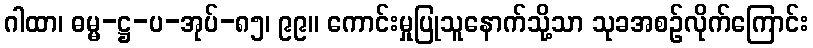
ဂါထာ၊ ဓမ္မ-ဋ္ဌ-ပ-အုပ်-၈၅၊ ၉၉။ ကောင်းမှုပြုသူနောက်သို့သာ သုခအစဉ်လိုက်ကြောင်း